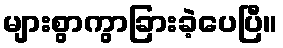
များစွာကွာခြားခဲ့ပေပြီ။